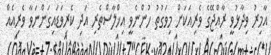
އާމިރު ވިދާޅުވީ ރާއްޖޭގެ ވެރިއަކަށް މިވަގުތު ހުންނެވީ އިޚްލާސްތެރި އަދި ކެރިވަޑައިގަންނަވާ ވެރިއެއް